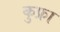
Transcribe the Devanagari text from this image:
कुफ्रा